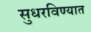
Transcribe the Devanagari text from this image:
सुधरविण्यात